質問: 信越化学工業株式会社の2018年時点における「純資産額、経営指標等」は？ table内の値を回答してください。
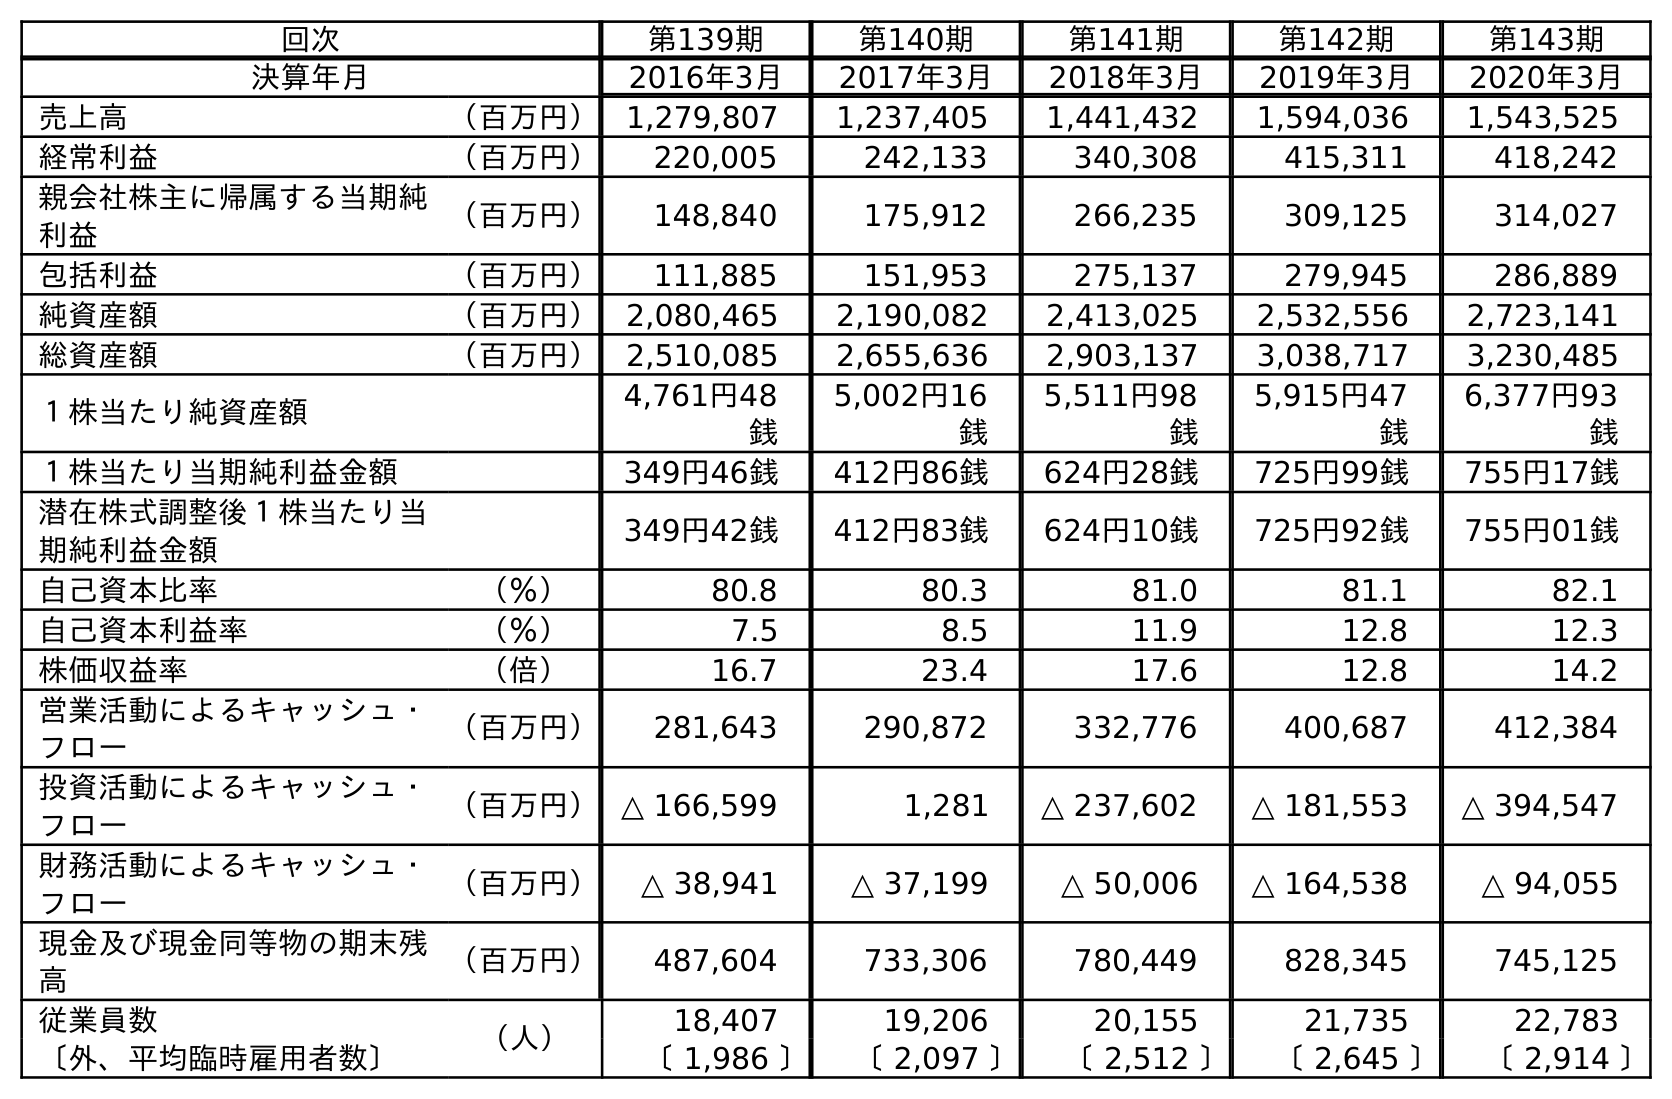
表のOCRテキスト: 回次 第139期 第140期 第141期 第142期 第143期 決算年月 2016年3月 2017年3月 2018年3月 2019年3月 2020年3月 売上高 （百万円） 1,279,807 1,237,405 1,441,432 1,594,036 1,543,525 経常利益 （百万円） 220,005 242,133 340,308 415,311 418,242 親会社株主に帰属する当期純 利益 （百万円） 148,840 175,912 266,235 309,125 314,027 包括利益 （百万円） 111,885 151,953 275,137 279,945 286,889 純資産額 （百万円） 2,080,465 2,190,082 2,413,025 2,532,556 2,723,141 総資産額 （百万円） 2,510,085 2,655,636 2,903,137 3,038,717 3,230,485 １株当たり純資産額 4,761円48 銭 5,002円16 銭 5,511円98 銭 5,915円47 銭 6,377円93 銭 １株当たり当期純利益金額 349円46銭 412円86銭 624円28銭 725円99銭 755円17銭 潜在株式調整後１株当たり当 期純利益金額 349円42銭 412円83銭 624円10銭 725円92銭 755円01銭 自己資本比率 （％） 80.8 80.3 81.0 81.1 82.1 自己資本利益率 （％） 7.5 8.5 11.9 12.8 12.3 株価収益率 （倍） 16.7 23.4 17.6 12.8 14.2 営業活動によるキャッシュ・ フロー （百万円） 281,643 290,872 332,776 400,687 412,384 投資活動によるキャッシュ・ フロー （百万円）△ 166,599 1,281 △ 237,602 △ 181,553 △ 394,547 財務活動によるキャッシュ・ フロー （百万円） △ 38,941 △ 37,199 △ 50,006 △ 164,538 △ 94,055 現金及び現金同等物の期末残 高 （百万円） 487,604 733,306 780,449 828,345 745,125 従業員数 （人） 18,407 19,206 20,155 21,735 22,783 〔外、平均臨時雇用者数〕 〔 1,986 〕 〔 2,097 〕 〔 2,512 〕 〔 2,645 〕 〔 2,914 〕
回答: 2,413,025